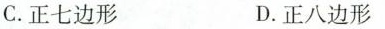
C.正七边形 D.正八边形